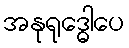
အနုရုဒ္ဓေါပေ